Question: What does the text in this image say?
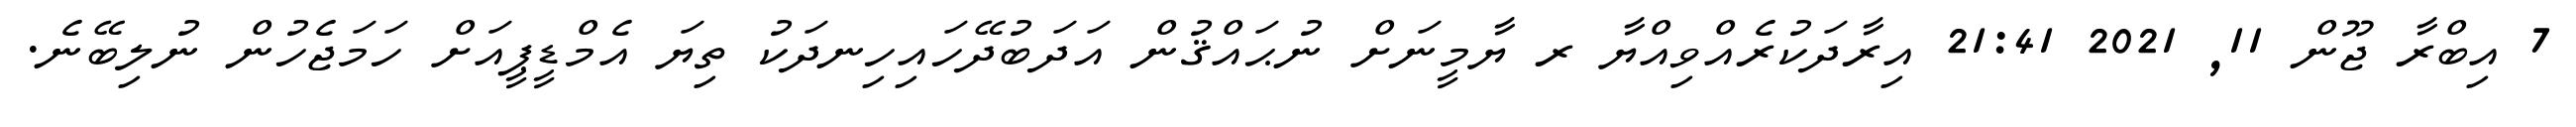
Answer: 7 އިބްރާ ޖޫން 11, 2021 21:41 އިރާދަކުރެއްވިއްޔާ ރ ޔާމީނަށް ނުޙައްޤުން އަދަބުދޭހައިހިނދަކު ތިޔަ އެމްޑީޕީއަށް ހަމަޖެހުން ނުލިބޭނެ.